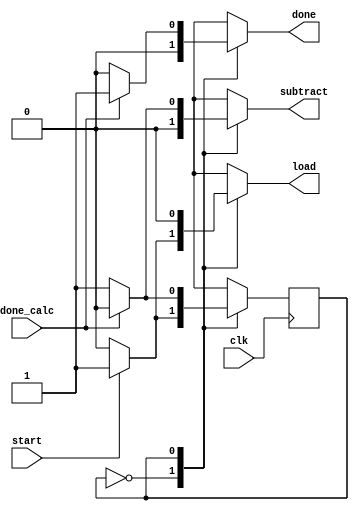
module mod_cu(
    input clk,
    input start,
    input done_calc, // Input from datapath indicating calculation is done
    output reg subtract, // Tell datapath to subtract
    output reg load, // Tell datapath to load A into tempA
    output reg done // Tell top module that calculation is done
);

    // State definitions
    localparam IDLE = 1'b0,
               CALC = 1'b1;

    reg current_state = IDLE;
    reg next_state = IDLE;

    always @(posedge clk) begin
        current_state <= next_state;
    end

    always @(*) begin
        // Default signals
        load = 1'b0;
        subtract = 1'b0;
        done = 1'b0;
        next_state = current_state;

        case (current_state)
            IDLE: begin
                if (start) begin
                    load = 1'b1;
                    next_state = CALC;
                end
            end
            CALC: begin
                if (!done_calc) begin
                    subtract = 1'b1;
                end else begin
                    done = 1'b1;
                    next_state = IDLE;
                end
            end
        endcase
    end
endmodule